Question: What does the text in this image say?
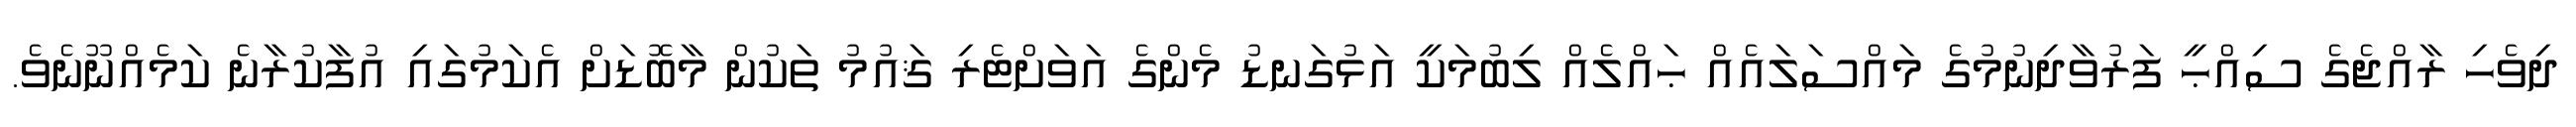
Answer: ދިވެހި ރާއްޖެގެ ސިއްޙީ ފަރުވާދިނުމުގެ މައްސަލައެއް ޙައްލެއް ލިބުމަކީ އަޅުގަނޑު މެންގެ އަވަށްޓެރި ޤައުމު ތަކުން މާބޮޑަށް އެކަމުގައި އުފާކުރާނެ ކަމެއްނޫނެވެ.